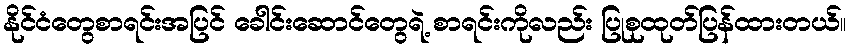
နိုင်ငံတွေစာရင်းအပြင် ခေါင်းဆောင်တွေရဲ့ စာရင်းကိုလည်း ပြုစုထုတ်ပြန်ထားတယ်။